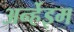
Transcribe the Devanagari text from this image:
अर्न्हेइम